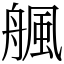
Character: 䑺